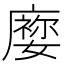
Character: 𡢜